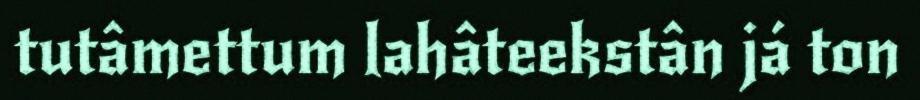
tutâmettum lahâteekstân já ton